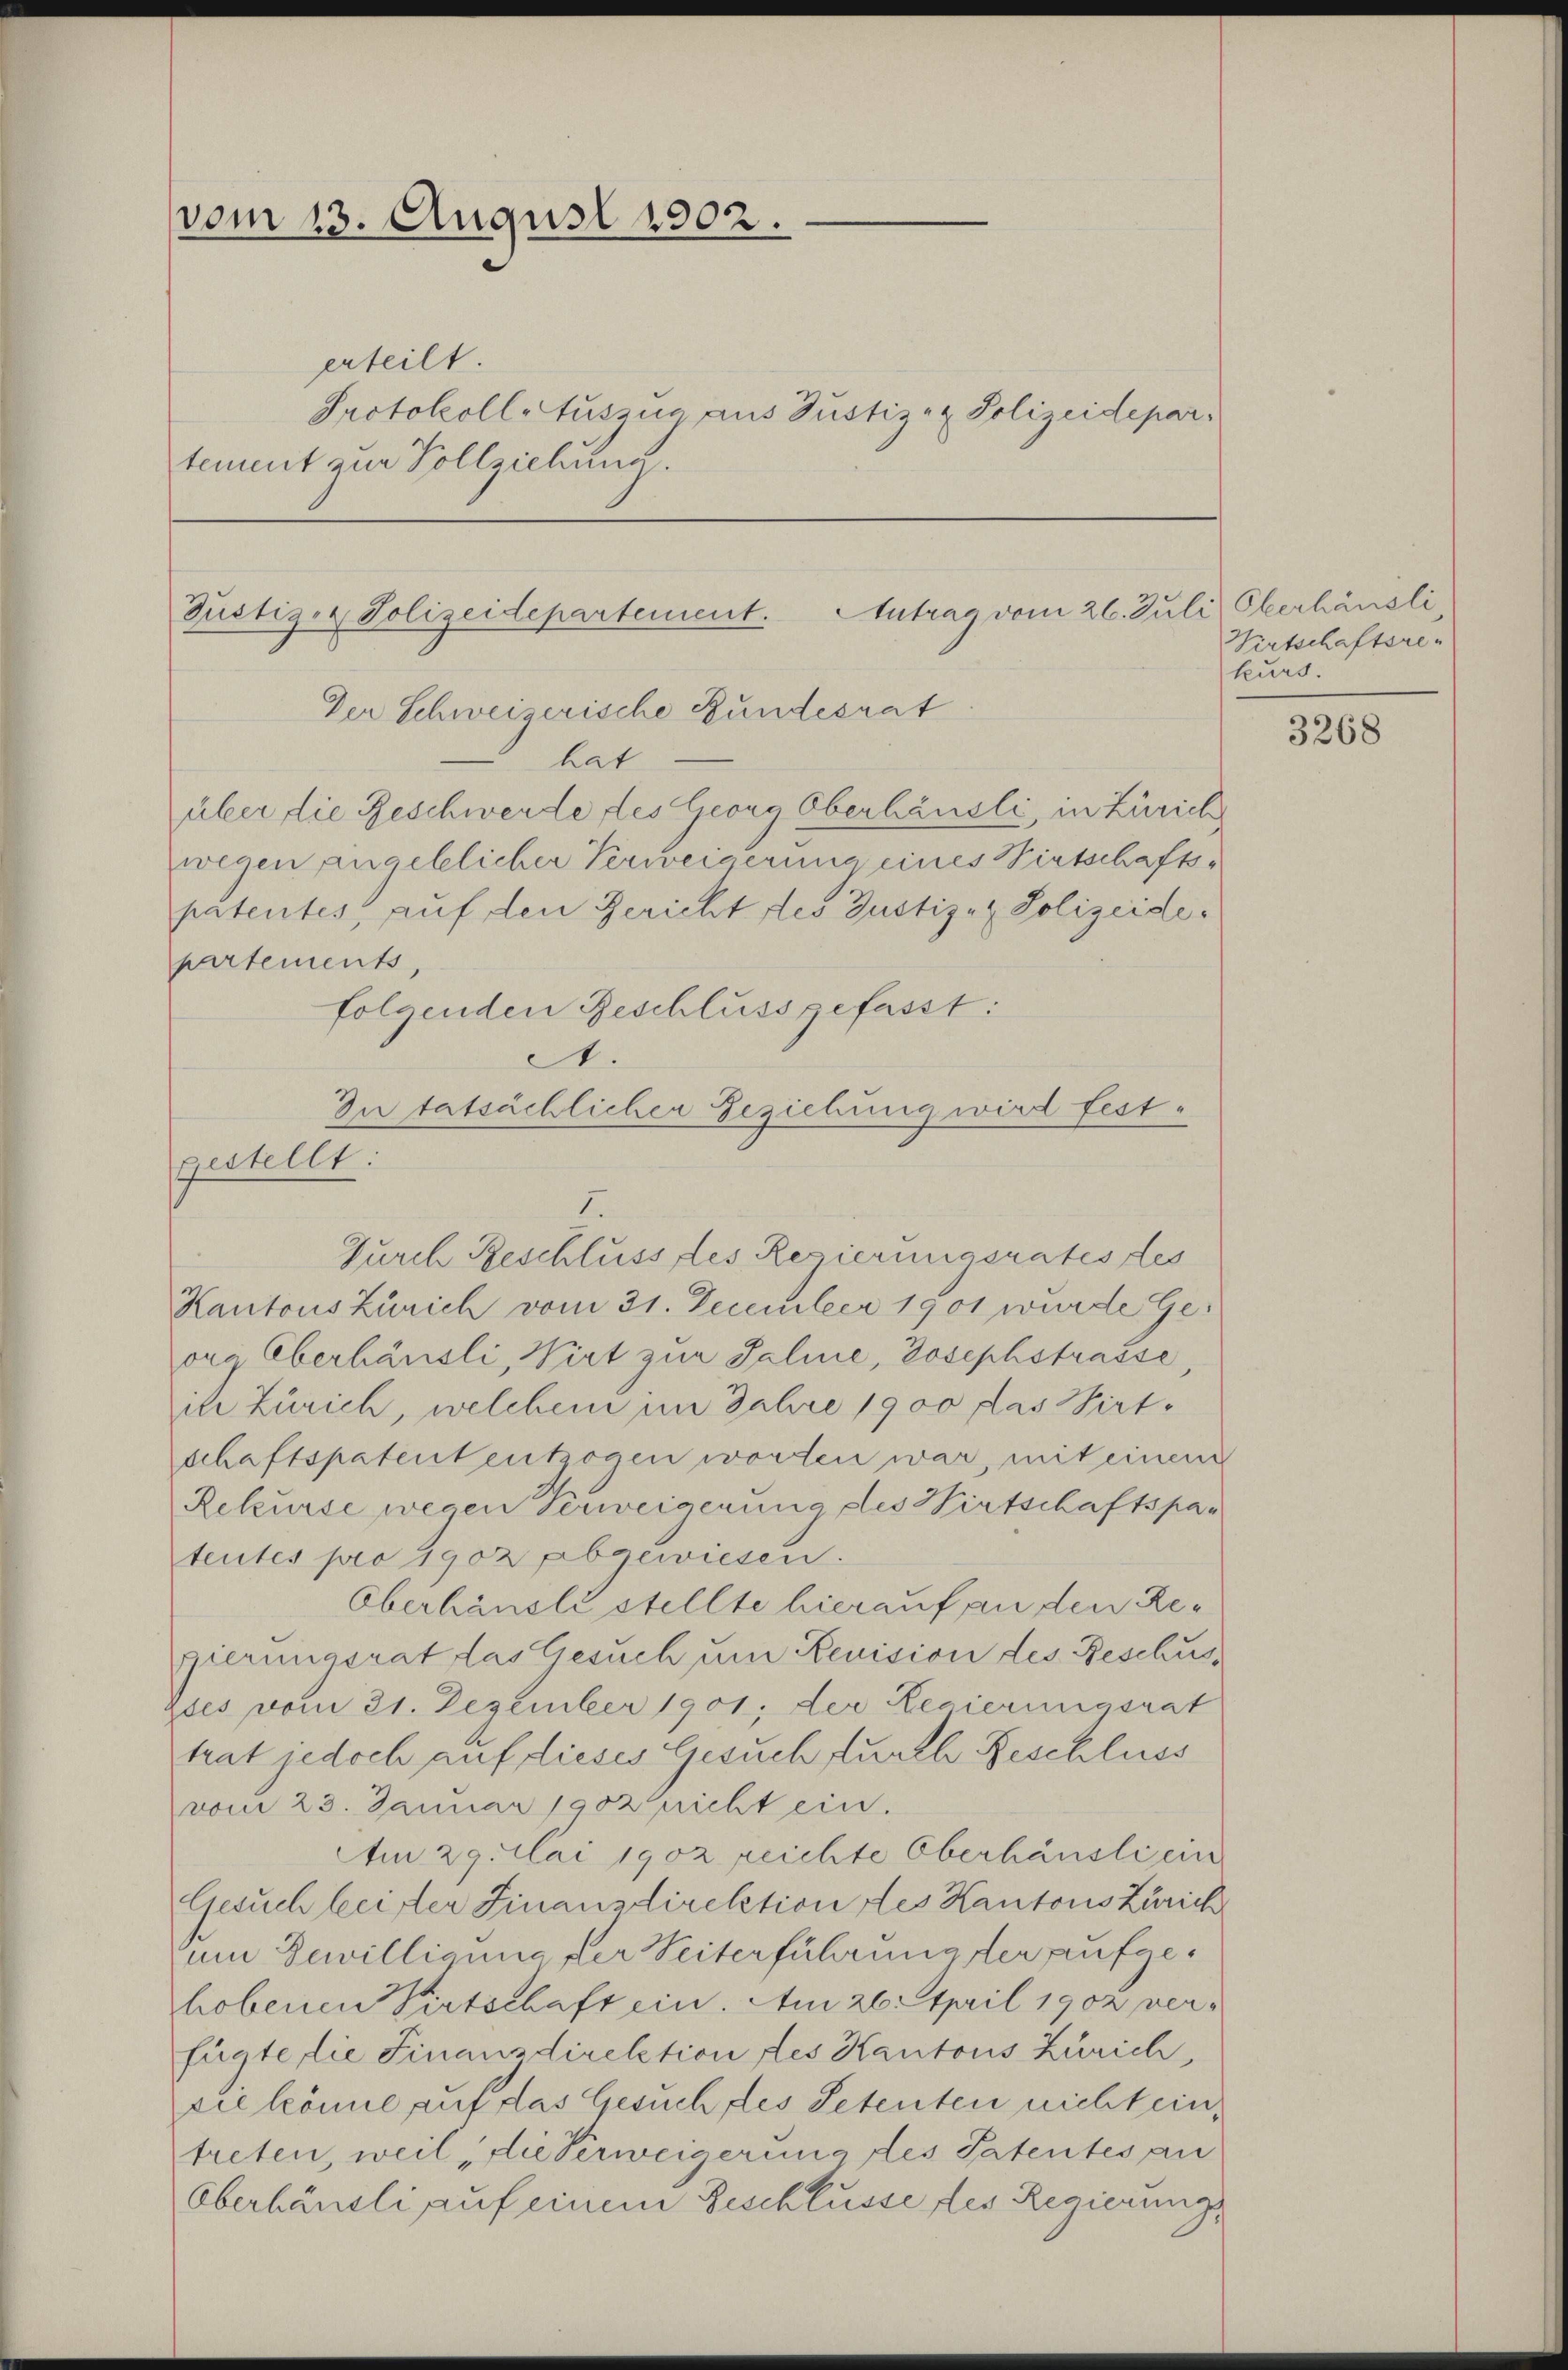
e
vom 13. August 1902.
erteilt.
Protokoll Auszug aus Justiz- & Polizeidepartement zur Vollziehung.

Güstiger Polizeidepartement. Antrag vom 26. Juli, Oberhäusli,
Der Schweizerische Bundesrat
hat
über die Geschwerde des Georg Oberhäusli, in Zürich

partements,
folgenden Beschluss gefasst:
Durch Beschluss des Regierungsrates tes
Kantons Zürich vom 31. December 1901 wurde Geoes Oberhäusli, Wirt zur Saline, Josephstrasse
sich Zürich, welchen im Jahre 1900 das Wirt
schaftspatententzogen worden war, mit einem
Rekurse wegen Verweigerung des Wirtschaftspatentes pro 1902 abgewiesen.
Oberhäusle stellte hierauf an den Regierungsrat das Gesuch um Revision des Beschuss
Dies vom 31. Dezember 1901, der Regierungsrat
trat jedoch auf dieses Gesuch furch Beschluss
vom 23. Januar 1902 nicht ein.
Am 29. Mai 1902 reichte Oberhäusli ein
Gesuch beider Finanzdirektion des Kantons Zürich
um Bewilligung der Weiterführung der aufgehobenen Wirtschaft ein. Am 26. April 1902 verfügte die Finanzdirektion des Kantons Zürich,
die könne auf das Gesuch des Petenten nicht eintreten, weil, die Verweigerung des Patentes an
Oberhäusli auf einem Beschlusse des Regierung,

wegen angeblicher Verweigerung eines Wirtschaftspatentes, auf den Gericht des Justiz- & Polizeide.

A.
In tatsächlicher Beziehung wird festgestellt:
I.

Wirtschaftsrekurs.

3268